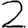
Digit: 2